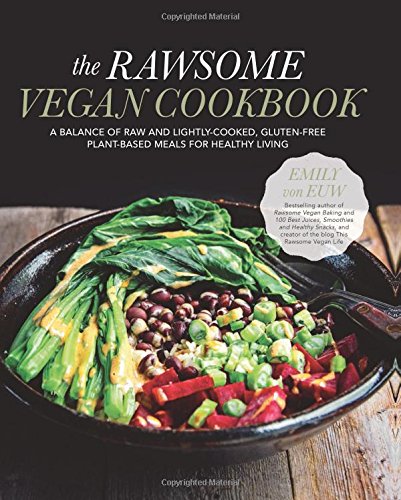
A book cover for The Rawsome Vegan Cookbook: A Balance of Raw and Lightly-Cooked, Gluten-Free Plant-Based Meals for Healthy Living; Emily von Euw; Cookbooks, Food & Wine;